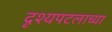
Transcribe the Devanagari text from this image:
दृश्यपटलाच्या